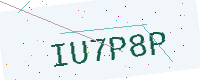
Text: IU7P8P